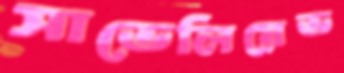
সাভেলিয়েভ